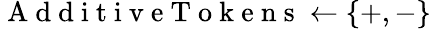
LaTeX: \mathrm{~A~d~d~i~t~i~v~e~T~o~k~e~n~s~}\gets\{ +,-\}